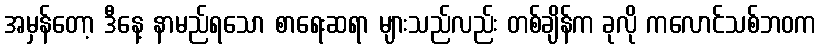
အမှန်တော့ ဒီနေ့ နာမည်ရသော စာရေးဆရာ များသည်လည်း တစ်ချိန်က ခုလို ကလောင်သစ်ဘဝက